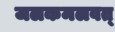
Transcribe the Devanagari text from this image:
जलकमलवत्